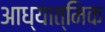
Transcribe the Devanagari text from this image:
आध्यात्‍मिक